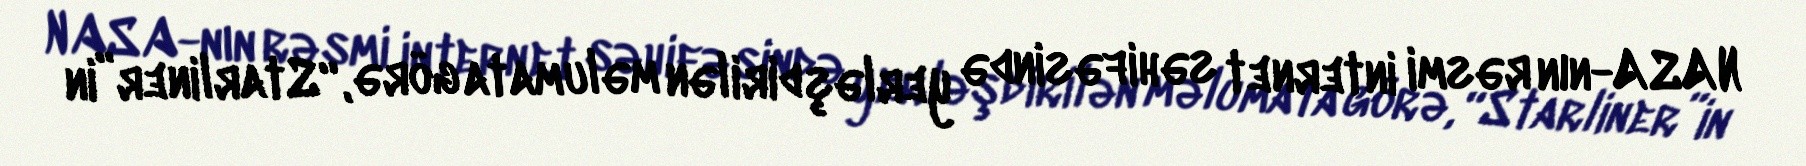
NASA-nın rəsmi internet səhifəsində yerləşdirilən məlumata görə, “Starliner”in